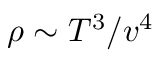
\rho \sim T ^ { 3 } / v ^ { 4 }